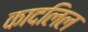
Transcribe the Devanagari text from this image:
कादलिल